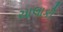
ચાલાકી